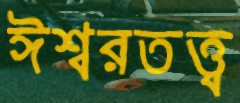
ঈশ্বরতত্ত্ব